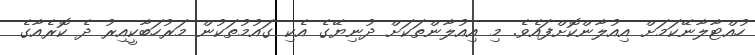
ހުއްޓާލާނޭކަމަށް އިއުލާންކޮށްފައެވެ. މި އިއުލާންތަކަށް ދުނިޔޭގެ އެކި ގައުމުތަކުން މަރުހަބާކީއިރު ދެ ކޮރެއާގެ